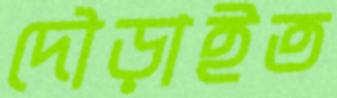
দৌড়াইত